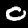
Label: 0